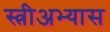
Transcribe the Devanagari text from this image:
स्त्रीअभ्यास